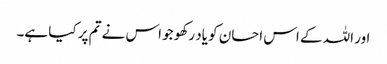
اور اللہ کے اس احسان کو یاد رکھو جو اس نے تم پر کیا ہے۔